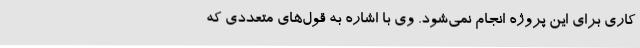
کاری برای این پروژه انجام نمی‌شود. وی با اشاره به قول‌های متعددی که